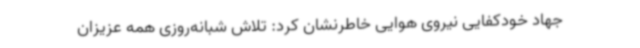
جهاد خودکفایی نیروی هوایی خاطرنشان کرد: تلاش شبانه‌روزی همه عزیزان